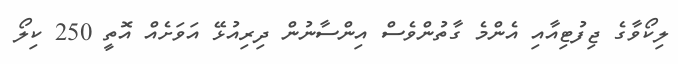
ލިކޯވާގެ ޖިފުޓިއާއި އެންމެ ގާތުންވެސް އިންސާނުން ދިރިއުޅޭ އަވަށެއް އޮތީ 250 ކިލޯ